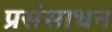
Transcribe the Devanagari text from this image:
प्रसंसाधन